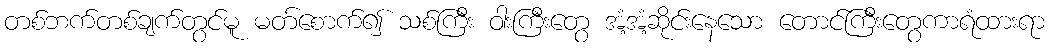
တစ်ဘက်တစ်ချက်တွင်မူ မတ်စောက်၍ သစ်ကြီး ဝါးကြီးတွေ အံ့အံ့ဆိုင်းနေသော တောင်ကြီးတွေကာရံထားရာ